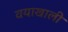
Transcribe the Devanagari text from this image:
वयाखाली